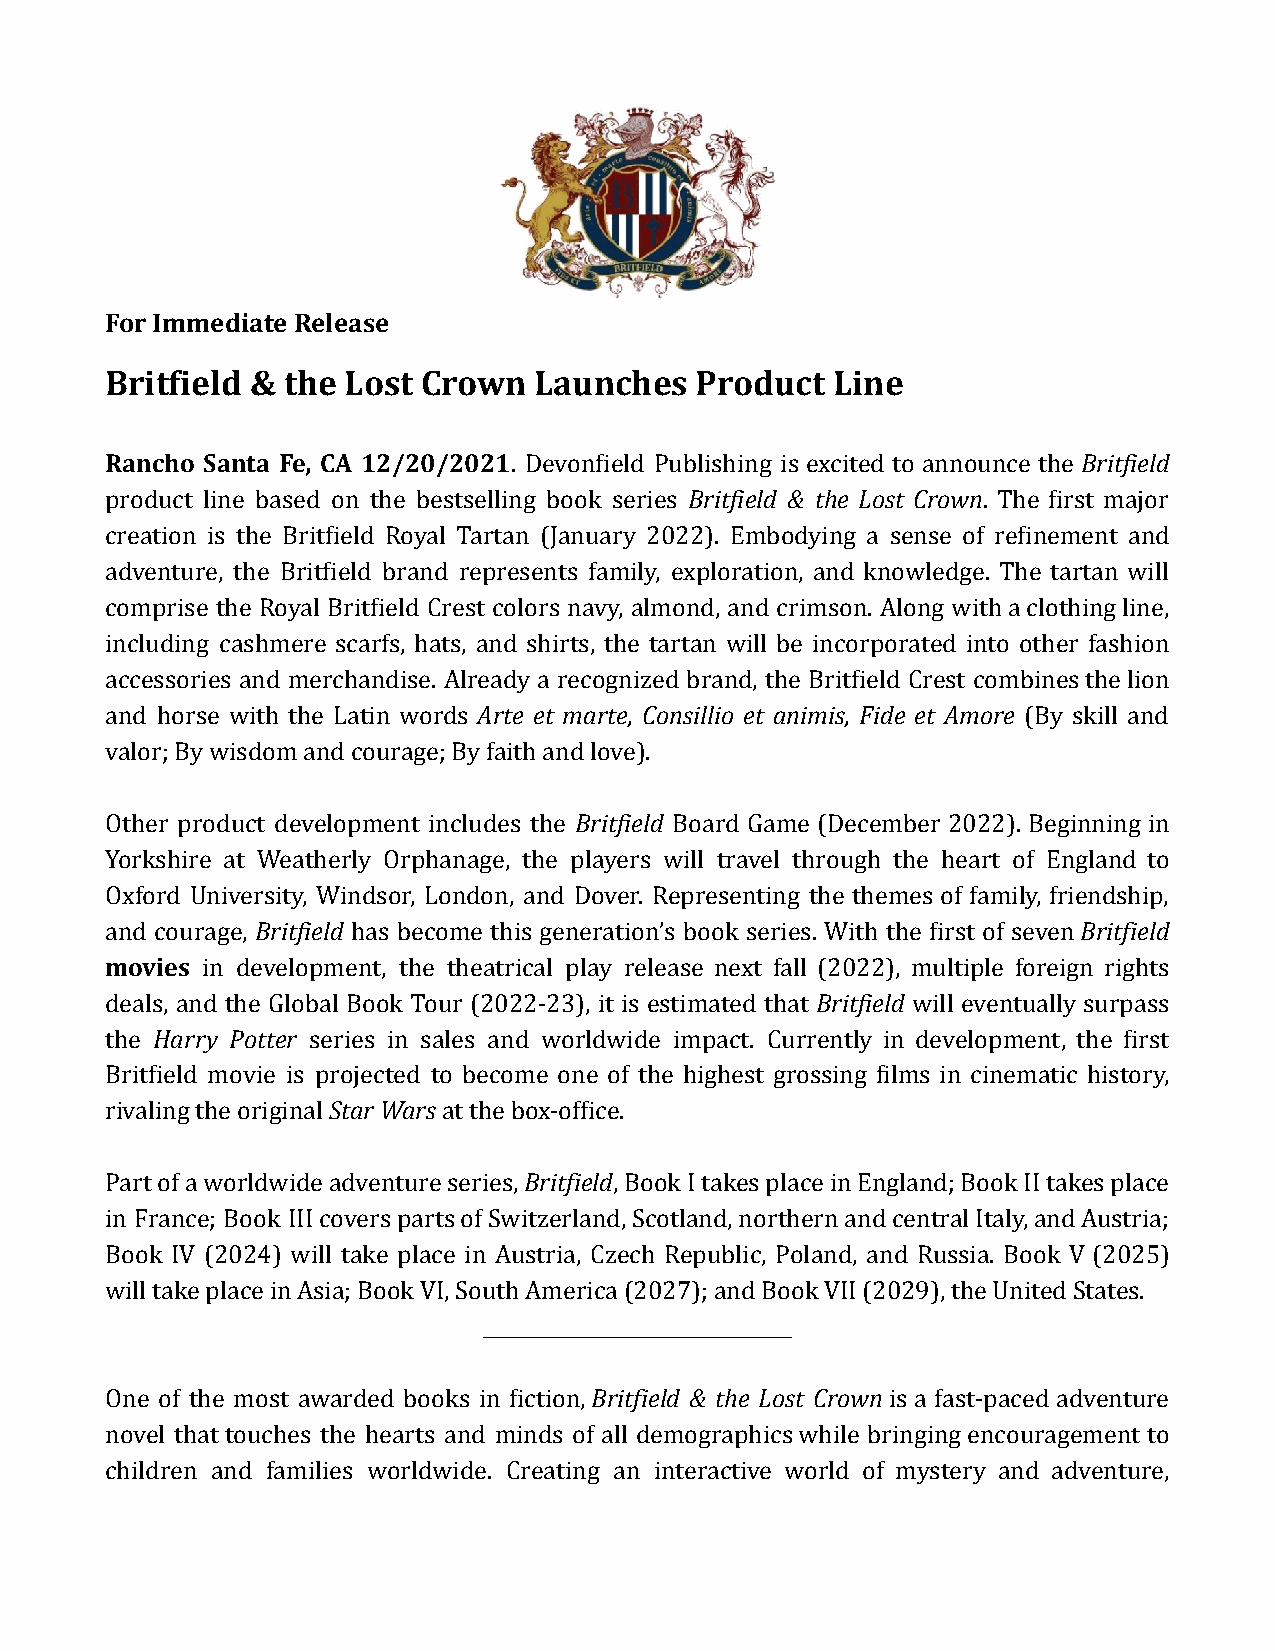
For Immediate Release
 Britfield & the Lost Crown  Launches   Product  Line
 Rancho Santa Fe, CA 12/20/2021. Devonfield Publishing is excited to announce the Britfield
 product line based on the bestselling book series Britfield & the Lost Crown. The first major
 creation is the Britfield Royal Tartan (January 2022). Embodying a sense of refinement and
 adventure, the Britfield brand represents family, exploration, and knowledge. The tartan will
 comprise the Royal Britfield Crest colors navy, almond, and crimson. Along withaclothingline,
 including cashmere scarfs, hats, and shirts, the tartan will be incorporated into other fashion
 accessories and merchandise. Already a recognized brand, the Britfield Crest combinesthelion
 and horse with the Latin words Arte et marte, Consillio et animis, Fide et Amore (By skill and
 valor; By wisdom and courage; By faith and love).
 Other product development includes the Britfield Board Game (December 2022). Beginning in
 Yorkshire at Weatherly Orphanage, the players will travel through the heart of England to
 Oxford University, Windsor, London, and Dover. Representing the themes of family, friendship,
 and courage, Britfield has become this generation’s book series. With the first of sevenBritfield
 movies in development, the theatrical play release next fall (2022), multiple foreign rights
 deals, and the Global Book Tour (2022-23), it is estimated that Britfield will eventually surpass
 the Harry Potter series in sales and worldwide impact. Currently in development, the first
 Britfield movie is projected to become one of the highest grossing films in cinematic history,
 rivaling the originalStar Warsat the box-office.
 Partofaworldwideadventureseries,Britfield,BookItakesplaceinEngland;BookIItakesplace
 in France; Book IIIcoverspartsofSwitzerland,Scotland,northernandcentralItaly,andAustria;
 Book IV (2024) will take place in Austria, Czech Republic, Poland, and Russia. Book V (2025)
 will take place in Asia; Book VI, South America (2027); and Book VII (2029), the United States.
 ________________________________
 One of the most awarded books in fiction, Britfield & the Lost Crown is a fast-paced adventure
 novel that touches the hearts and minds of all demographics while bringing encouragement to
 children and families worldwide. Creating an interactive world of mystery and adventure,